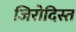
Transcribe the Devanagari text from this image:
जिरोदिस्त